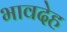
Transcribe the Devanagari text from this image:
भावदेह